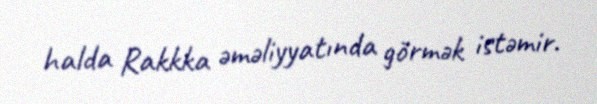
halda Rakkka əməliyyatında görmək istəmir.